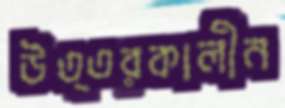
উত্তরকালীন